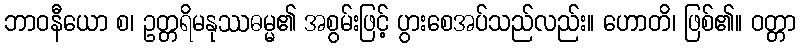
ဘာဝနီယော စ၊ ဥတ္တရိမနုဿဓမ္မ၏ အစွမ်းဖြင့် ပွားစေအပ်သည်လည်း။ ဟောတိ၊ ဖြစ်၏။ ဝတ္တာ